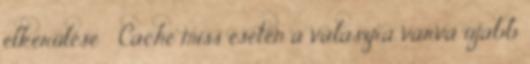
elkerülése ● Cache miss esetén a válaszra várva újabb